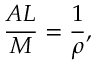
{ \frac { A L } { M } } = { \frac { 1 } { \rho } } ,